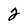
Character: 2